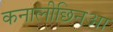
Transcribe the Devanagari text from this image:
कनालीछिनआ